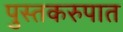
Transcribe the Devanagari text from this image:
पुस्तकरुपात